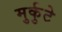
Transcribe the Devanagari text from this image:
मुर्कुटे